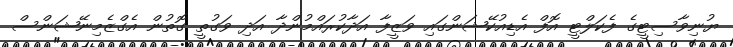
ޔުނިވާސިޓީގެ ފެކަލްޓީ އޮފް އެޑިއުކޭޝަންގައި ވަޒީފާ އަދާކުރައްމުންދާ އަދި ވަގުތީ ގޮތުން އެގްޒެމިނޭޝަންސް